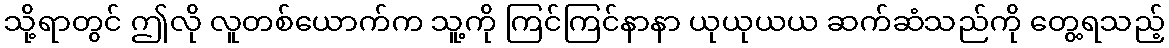
သို့ရာတွင် ဤလို လူတစ်ယောက်က သူ့ကို ကြင်ကြင်နာနာ ယုယုယယ ဆက်ဆံသည်ကို တွေ့ရသည့်